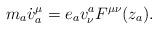
LaTeX: \begin{align*}m_a {\dot v}^{\mu}_a=e_a {v}_{\nu}^a F^{\mu\nu}(z_a). \end{align*}